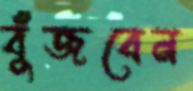
বুঁজবেন